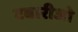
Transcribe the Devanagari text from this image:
टबारीजो